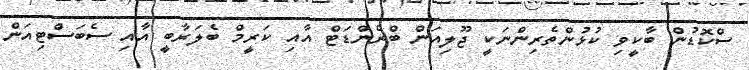
ސްކޮޑުން ބާކީވި ކުޅުންތެރިންނަކީ ޖޫލިއަން ބްރެންޑަޓް އާއި ކަރީމް ބެލަރާބީ އާއި ސެބަސްޓިއަން